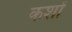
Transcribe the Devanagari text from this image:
कशों